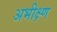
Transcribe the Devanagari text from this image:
अभीक्ष्ण